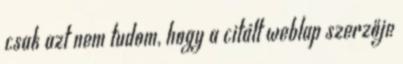
csak azt nem tudom, hogy a citált weblap szerzője